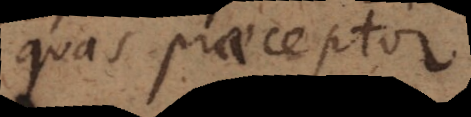
quas praeceptor